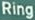
Ring